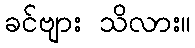
ခင်ဗျား သိလား။